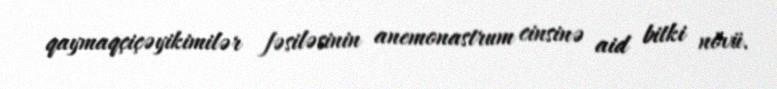
qaymaqçiçəyikimilər fəsiləsinin anemonastrum cinsinə aid bitki növü.